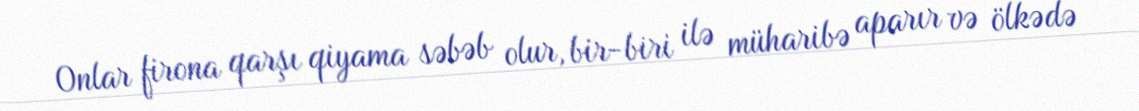
Onlar firona qarşı qiyama səbəb olur, bir-biri ilə müharibə aparır və ölkədə